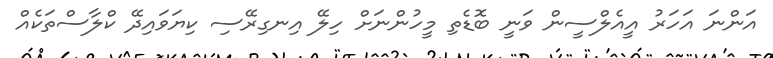
އަންނަ އަހަރު އީއެލްސީން ވަނީ ބޮޑެތި މީހުންނަށް ހިލޭ އިނގިރޭސި ކިޔަވައިދޭ ކްލާސްތަކެއް